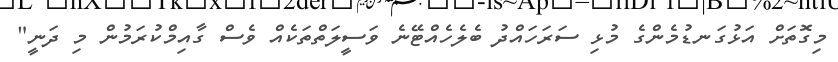
މިގޮތަށް އަޅުގަނޑުމެންގެ މުޅި ސަރަހައްދު ބެލެހެއްޓޭނެ ވަސީލަތްތަކެއް ވެސް ގާއިމްކުރަމުން މި ދަނީ"